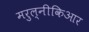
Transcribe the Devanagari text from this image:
मरुल्नीकिआर